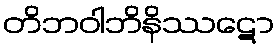
တိဘဝါဘိနိဿဋော